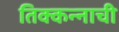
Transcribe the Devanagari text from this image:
तिक्कन्नाची